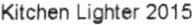
KITCHEN LIGHTER 2015